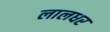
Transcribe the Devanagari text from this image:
लालधर